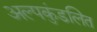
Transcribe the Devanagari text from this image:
अल्पकुंडलित